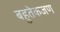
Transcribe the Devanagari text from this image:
बहुतेकजण